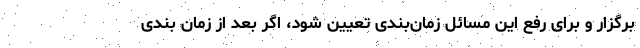
برگزار و برای رفع این مسائل زمان‌بندی تعیین شود، اگر بعد از زمان بندی